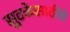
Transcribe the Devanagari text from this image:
सुटकेसाठीचे